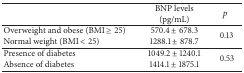
|  | BNP levels (pg/mL) | p |
 | --- | --- | --- |
 | Overweight and obese (BMI ≥ 25) | 570.4 ± 678.3 | <ROWSPAN=2> 0.13 |
 | Normal weight (BMI < 25) | 1288.1 ± 878.7 |
 | Presence of diabetes | 1049.2 ± 1240.1 | <ROWSPAN=2> 0.53 |
 | Absence of diabetes | 1414.1 ± 1875.1 |